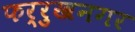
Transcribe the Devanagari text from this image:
फर्रुखनगर